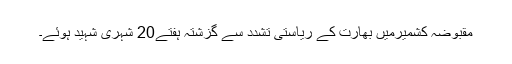
مقبوضہ کشمیرمیں بھارت کے ریاستی تشدد سے گزشتہ ہفتے20 شہری شہید ہوئے۔